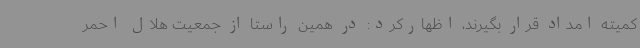
کمیته امداد قرار بگیرند، اظهارکرد: در همین راستا از جمعیت هلال احمر